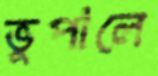
ভুপালে